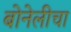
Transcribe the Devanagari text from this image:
बोनेलीचा